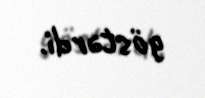
göstərdi.